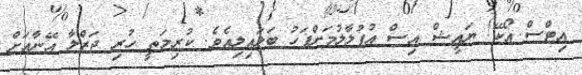
އިޓްސް އޯކޭ! ޔައީޝް އިސް އުފުލާލުމަށްފަހު ބަލައިލިއެވެ. ކުރިމަތީ ހުރި ޖަޒްލާ އޭނާއަށް